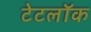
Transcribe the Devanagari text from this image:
टेटलॉक